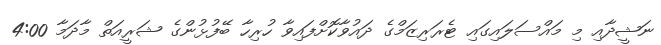
ނަޝީދާއި މި މައްސަލައިގައި ޓެރަރިޒަމްގެ ދައުވާކޮށްފައިވާ ހުރިހާ ބޭފުޅުންގެ ޝަރީއަތް މާދަމާ 4:00